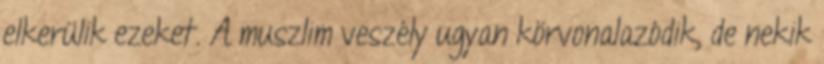
elkerülik ezeket. A muszlim veszély ugyan körvonalazódik, de nekik